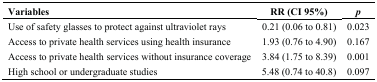
| Variables | RR (CI 95%) | p |
 | --- | --- | --- |
 | Use of safety glasses to protect against ultraviolet rays | 0.21 (0.06 to 0.81) | 0.023 |
 | Access to private health services using health insurance | 1.93 (0.76 to 4.90) | 0.167 |
 | Access to private health services without insurance coverage | 3.84 (1.75 to 8.39) | 0.001 |
 | High school or undergraduate studies | 5.48 (0.74 to 40.8) | 0.097 |